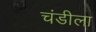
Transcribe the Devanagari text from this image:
चंडीला